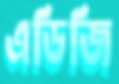
এডিজি